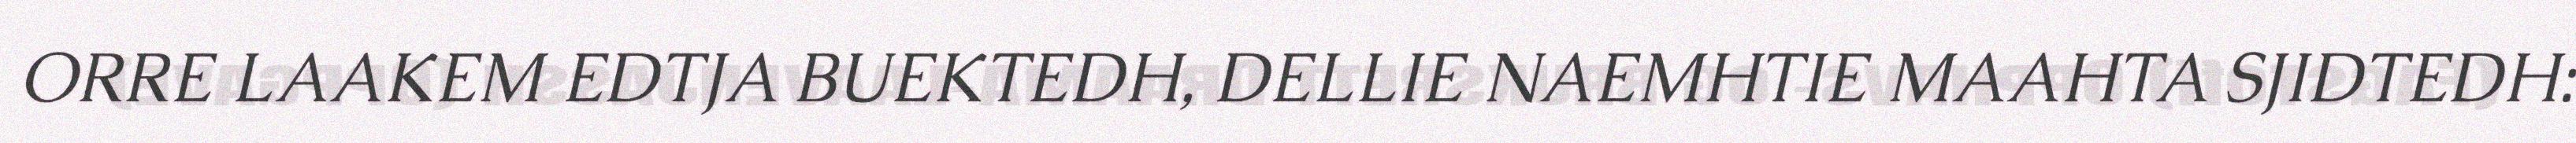
ORRE LAAKEM EDTJA BUEKTEDH, DELLIE NAEMHTIE MAAHTA SJIDTEDH: